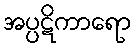
အပ္ပဋိကာရော